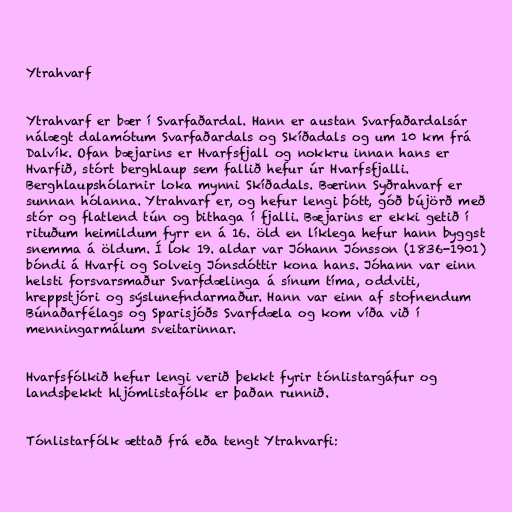
Ytrahvarf

Ytrahvarf er bær í Svarfaðardal. Hann er austan Svarfaðardalsár
nálægt dalamótum Svarfaðardals og Skíðadals og um 10 km frá
Dalvík. Ofan bæjarins er Hvarfsfjall og nokkru innan hans er
Hvarfið, stórt berghlaup sem fallið hefur úr Hvarfsfjalli.
Berghlaupshólarnir loka mynni Skíðadals. Bærinn Syðrahvarf er
sunnan hólanna. Ytrahvarf er, og hefur lengi þótt, góð bújörð með
stór og flatlend tún og bithaga í fjalli. Bæjarins er ekki getið í
rituðum heimildum fyrr en á 16. öld en líklega hefur hann byggst
snemma á öldum. Í lok 19. aldar var Jóhann Jónsson (1836-1901)
bóndi á Hvarfi og Solveig Jónsdóttir kona hans. Jóhann var einn
helsti forsvarsmaður Svarfdælinga á sínum tíma, oddviti,
hreppstjóri og sýslunefndarmaður. Hann var einn af stofnendum
Búnaðarfélags og Sparisjóðs Svarfdæla og kom víða við í
menningarmálum sveitarinnar.

Hvarfsfólkið hefur lengi verið þekkt fyrir tónlistargáfur og
landsþekkt hljómlistafólk er þaðan runnið.

Tónlistarfólk ættað frá eða tengt Ytrahvarfi: